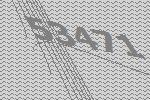
53471